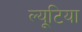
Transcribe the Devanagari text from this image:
ल्यूटिया